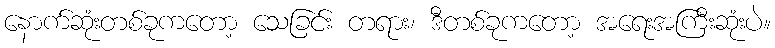
နောက်ဆုံးတစ်ခုကတော့ သေခြင်း တရား၊ ဒီတစ်ခုကတော့ အရေးအကြီးဆုံးပဲ။